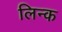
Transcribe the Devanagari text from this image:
लिन्क